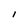
Character: I